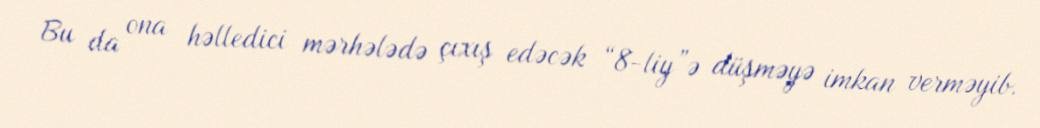
Bu da ona həlledici mərhələdə çıxış edəcək “8-liy”ə düşməyə imkan verməyib.